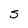
Character: 5